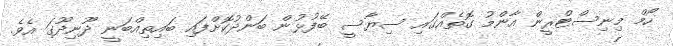
ހޯމް މިނިސްޓްރީން އާންމު ގޮތެއްގައި ސިޔާސީ ބޭފުޅުން ބަންދުކޮށްފައި ބައިތިއްބަނީ ދޫނިދޫގަ އެވެ.